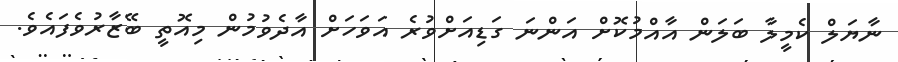
ނާޔަލް ކެމީލާ ބަލަން އާއްމުކޮށް އަންނަ ގަޑިއަށްވުރެ އަވަހަށް އާދެވުމުން މިއޮތީ ބޭޒާރުވެފައެވެ.